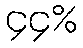
၄၄%